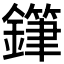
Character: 𨬾